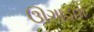
ઊગાડવા